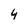
Character: 4